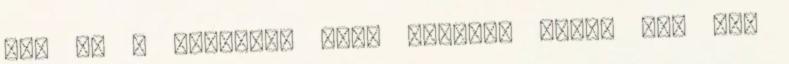
ott is a jeladót. 4-es csoport Oksa, ezt már